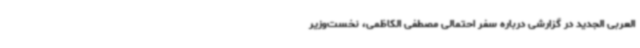
العربی الجدید در گزارشی درباره سفر احتمالی مصطفی الکاظمی، نخست‌وزیر